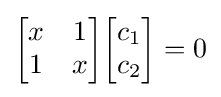
{\begin{bmatrix}x&1\\1&x\\\end{bmatrix}}{\begin{bmatrix}c_{1}\\c_{2}\\\end{bmatrix}}=0